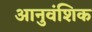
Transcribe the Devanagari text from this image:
आनुवंशिक